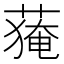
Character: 𱾘